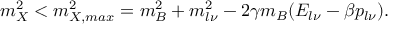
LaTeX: m _ { X } ^ { 2 } < m _ { X , m a x } ^ { 2 } = m _ { B } ^ { 2 } + m _ { l \nu } ^ { 2 } - 2 \gamma m _ { B } ( E _ { l \nu } - \beta p _ { l \nu } ) .